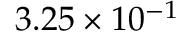
3 . 2 5 \times 1 0 ^ { - 1 }